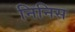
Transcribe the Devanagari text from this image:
निनिस